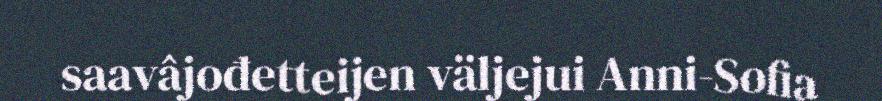
saavâjođetteijen väljejui Anni-Sofia